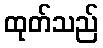
ထုတ်သည်